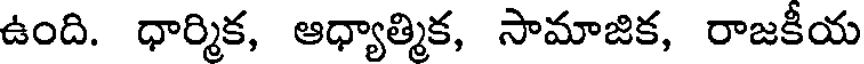
ఉంది. ధార్మిక, ఆధ్యాత్మిక, సామాజిక, రాజకీయ